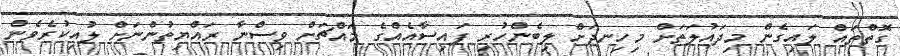
ގޮތްތައް ލައިގެން މިދައުލަތަށް މިހިނދަށް ލިބެންހުރި ފައިސާއެއްގެ މައްޗަށް ވިސްނާ ރައްޔިތުންނަށް ލުއިކުރެވެން